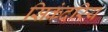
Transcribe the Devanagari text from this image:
सिकंदरिय